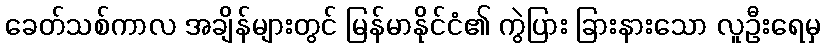
ခေတ်သစ်ကာလ အချိန်များတွင် မြန်မာနိုင်ငံ၏ ကွဲပြား ခြားနားသော လူဦးရေမှ